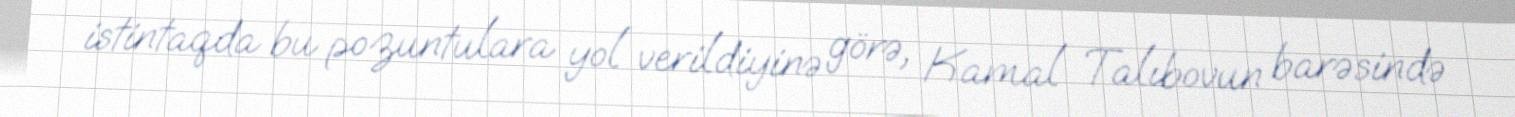
istintaqda bu pozuntulara yol verildiyinə görə, Kamal Talıbovun barəsində